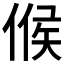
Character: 𠋫